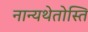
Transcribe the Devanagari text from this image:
नान्यथेतोस्ति